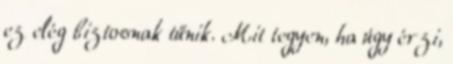
ez elég biztosnak tűnik. Mit tegyen, ha úgy érzi,